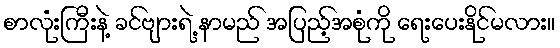
စာလုံးကြီးနဲ့ ခင်ဗျားရဲ့ နာမည် အပြည့်အစုံကို ရေးပေးနိုင်မလား။